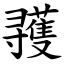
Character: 彟